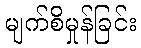
မျက်စိမှုန်ခြင်း